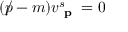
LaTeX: ( p \! \! \! / - m ) v _ { \textbf { p } } ^ { s } = 0